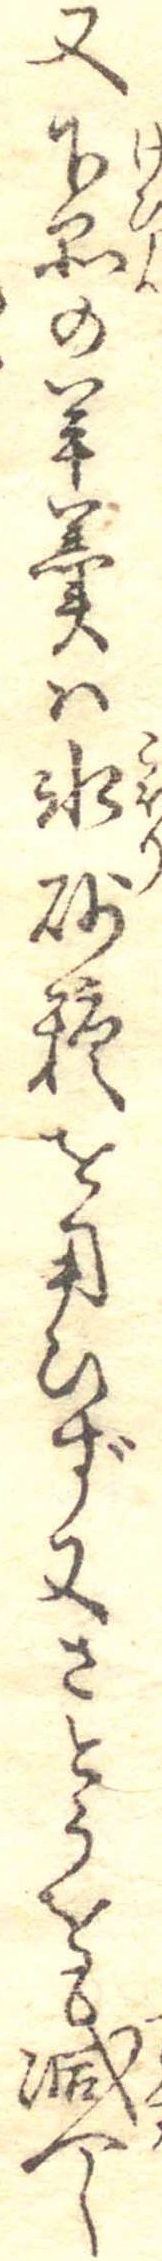
又下品の羊羹は氷砂糖を用ひず又さとうをも減へし